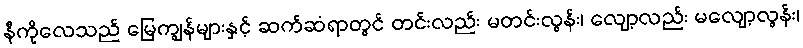
နီကိုလေသည် မြေကျွန်များနှင့် ဆက်ဆံရာတွင် တင်းလည်း မတင်းလွန်း၊ လျော့လည်း မလျော့လွန်း၊